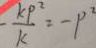
- \frac { k P ^ { 2 } } { k } = - p ^ { 2 }